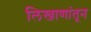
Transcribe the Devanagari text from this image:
लिखाणांतून